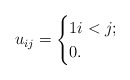
\begin{align*}u_{ij} = \begin{cases} 1 i < j;\\ 0 . \end{cases}\end{align*}